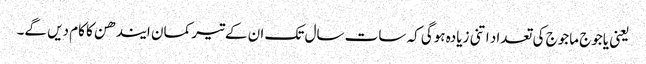
یعنی یاجوج ماجوج کی تعداد اتنی زیادہ ہوگی کہ سات سال تک ان کےتیر کمان ایندھن کا کام دیں گے۔